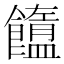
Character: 𩟟